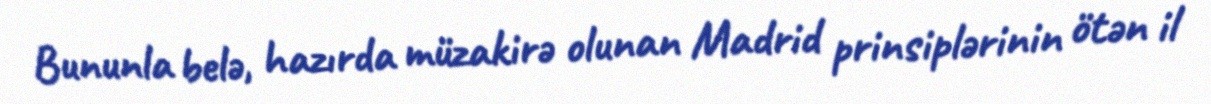
Bununla belə, hazırda müzakirə olunan Madrid prinsiplərinin ötən il